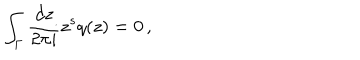
\int _ { \Gamma } \frac { d z } { 2 \pi i } z ^ { s } q ( z ) = 0 \, ,